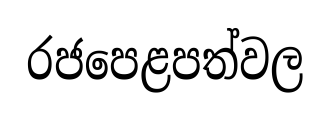
රජපෙළපත්වල